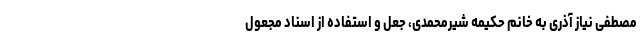
مصطفی نیاز آذری به خانم حکیمه شیرمحمدی، جعل و استفاده از اسناد مجعول